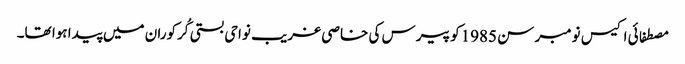
مصطفائی اکیس نومبر سن 1985کو پیرس کی خاصی غریب نواحی بستی کُرکوران میں پیدا ہوا تھا۔